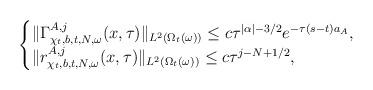
LaTeX: \begin{align*}\begin{cases}\|\Gamma_{\chi_{t},b,t,N,\omega}^{A,j}(x,\tau)\|_{L^{2}(\Omega_{t}(\omega))}\leq c\tau^{|\alpha|-3/2}e^{-\tau(s-t)a_{A}},\\\|r_{\chi_{t},b,t,N,\omega}^{A,j}(x,\tau)\|_{L^{2}(\Omega_{t}(\omega))}\leq c\tau^{j-N+1/2},\end{cases}\end{align*}